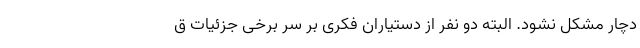
دچار مشکل نشود. البته دو نفر از دستیاران فکری بر سر برخی جزئیات ق